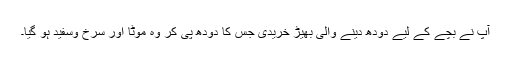
آپ نے بچے کے لیے دودھ دینے والی بھیڑ خریدی جس کا دودھ پی کر وہ موٹا اور سرخ وسفید ہو گیا۔